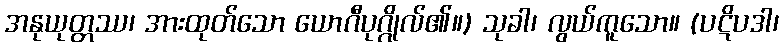
အနုယုတ္တဿ၊ အားထုတ်သော ယောဂီပုဂ္ဂိုလ်၏။) သုခါ၊ လွယ်ကူသော။ (ပဋိပဒါ၊